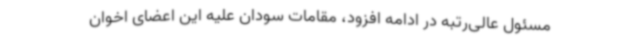
مسئول عالی‌رتبه در ادامه افزود، مقامات سودان علیه این اعضای اخوان